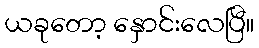
ယခုတော့ နှောင်းလေပြီ။